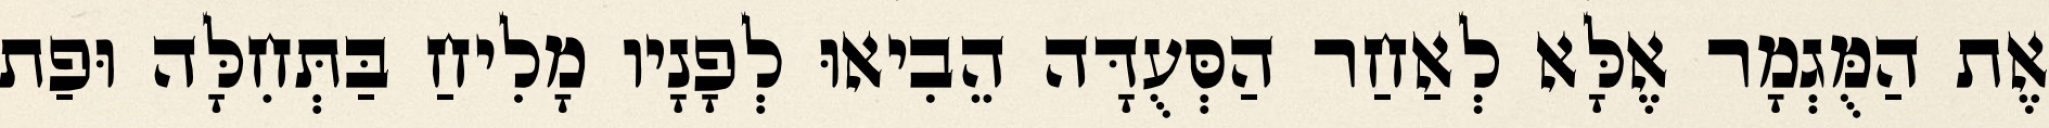
אֶת הַמֻּגְמָר אֶלָּא לְאַחַר הַסְּעֻדָּה הֵבִיאוּ לְפָנָיו מָלִיחַ בַּתְּחִלָּה וּפַת